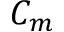
C _ { m }